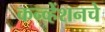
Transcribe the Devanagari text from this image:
कन्व्हेंशनचे